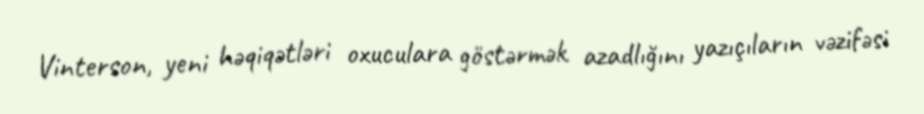
Vinterson, yeni həqiqətləri oxuculara göstərmək azadlığını yazıçıların vəzifəsi